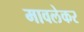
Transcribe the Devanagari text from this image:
मावलेकर